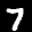
Label: 7